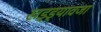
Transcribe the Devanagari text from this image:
खड्ड्यावजा